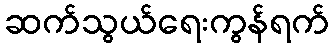
ဆက်သွယ်ရေးကွန်ရက်